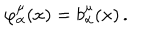
\varphi _ { \alpha } ^ { \mu } ( x ) = b _ { \alpha } ^ { \mu } ( x ) \, .